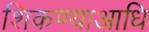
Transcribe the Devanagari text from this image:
शिकण्याआधि